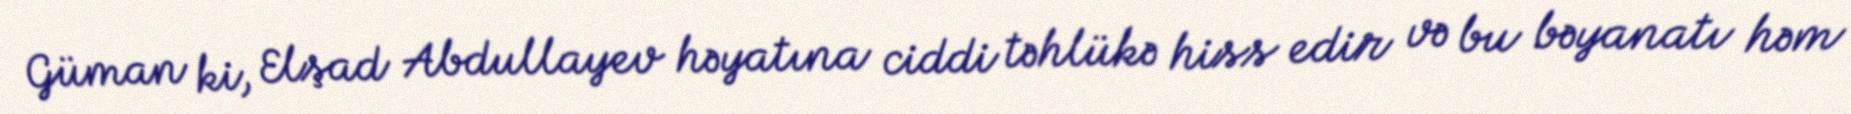
Güman ki, Elşad Abdullayev həyatına ciddi təhlükə hiss edir və bu bəyanatı həm